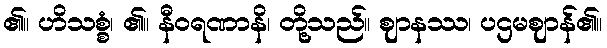
၏။ ဟိသစ္စံ၊ ၏။ နီဝရဏာနိ၊ တို့သည်။ ဈာနဿ၊ ပဌမဈာန်၏။